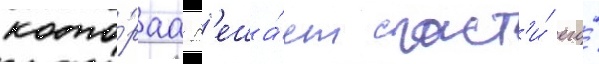
кото́раа р'еша́ет спаст'и́ его́